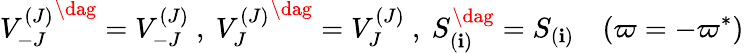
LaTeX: {V_{-J}^{(J)}}^{\dag}=V_{-J}^{(J)}\ ,\ {V_{J}^{(J)}}^{\dag}=V_{J}^{(J)}\ ,\ S_{(\mathbf{i})}^{\dag}=S_{(\mathbf{i})}\quad(\varpi=-\varpi^{\ast})